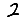
Digit: 2